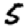
Digit: 5